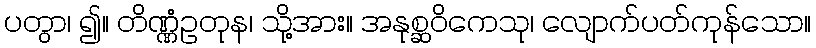
ပတွာ၊ ၍။ တိဏ္ဏံဥတုန၊ သို့အား။ အနုစ္ဆဝိကေသု၊ လျောက်ပတ်ကုန်သော။